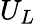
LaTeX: U_{L}